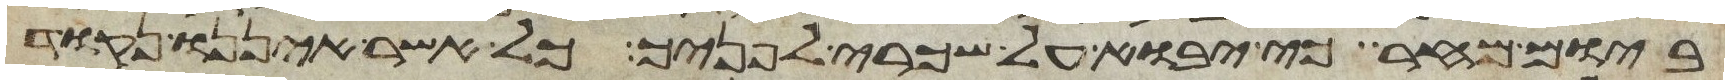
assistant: ביום מחר כי יבוא על שכרי לפניך כל אשר איננו נקוד